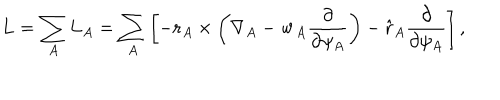
{ \bf L } = \sum _ { A } { \bf L } _ { A } = \sum _ { A } \left[ - { \bf r } _ { A } \times \left( { \bf \nabla } _ { A } - { \bf w } _ { A } \frac { \partial } { \partial \psi _ { A } } \right) - \hat { \bf r } _ { A } \frac { \partial } { \partial \psi _ { A } } \right] ,